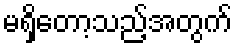
မရှိတော့သည့်အတွက်